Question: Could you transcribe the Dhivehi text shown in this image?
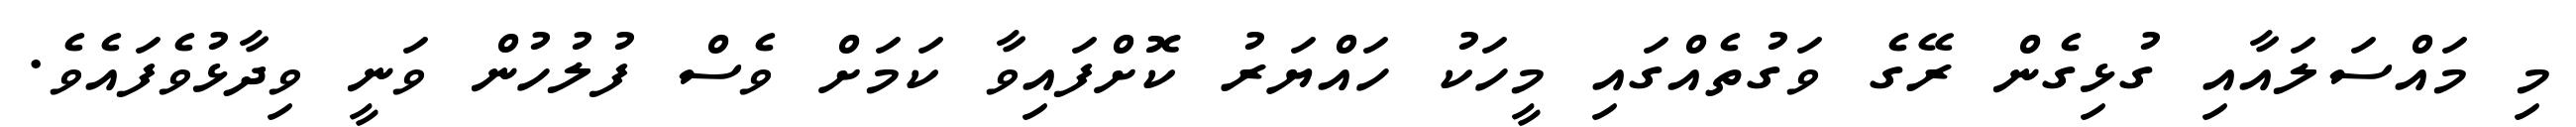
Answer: މި މައްސަލައާއި ގުޅިގެން ރޭގެ ވަގުތެއްގައި މީހަކު ހައްޔަރު ކޮށްފައިވާ ކަމަށް ވެސް ފުލުހުން ވަނީ ވިދާޅުވެފައެވެ.